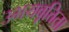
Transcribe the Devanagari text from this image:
उभयवृत्तिता